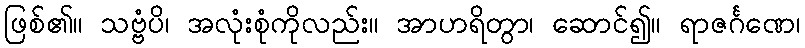
ဖြစ်၏။ သဗ္ဗံပိ၊ အလုံးစုံကိုလည်း။ အာဟရိတွာ၊ ဆောင်၍။ ရာဇင်္ဂဏေ၊